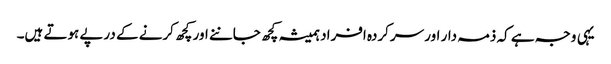
یہی وجہ ہے کہ ذمہ دار اور سرکردہ افراد ہمیشہ کچھ جاننے اور کچھ کرنے کے درپے ہوتے ہیں۔